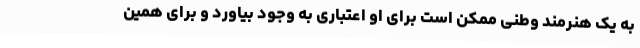
به یک هنرمند وطنی ممکن است برای او اعتباری به وجود بیاورد و برای همین